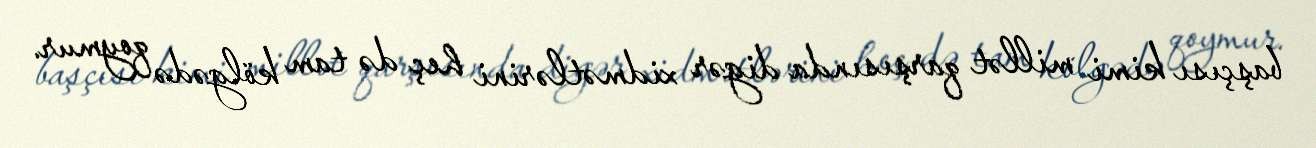
başçısı kimi millət qarşısında digər xidmətlərini heç də tam kölgədə qoymur.